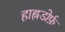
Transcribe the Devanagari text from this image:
हाह्नडोर्फ़